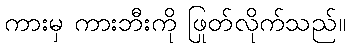
ကားမှ ကားဘီးကို ဖြုတ်လိုက်သည်။